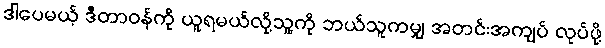
ဒါပေမယ့် ဒီတာဝန်ကို ယူရမယ်လို့သူ့ကို ဘယ်သူကမျှ အတင်းအကျပ် လုပ်ဖို့